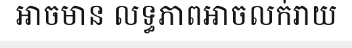
អាចមាន លទ្ធភាពអាចលក់រាយ